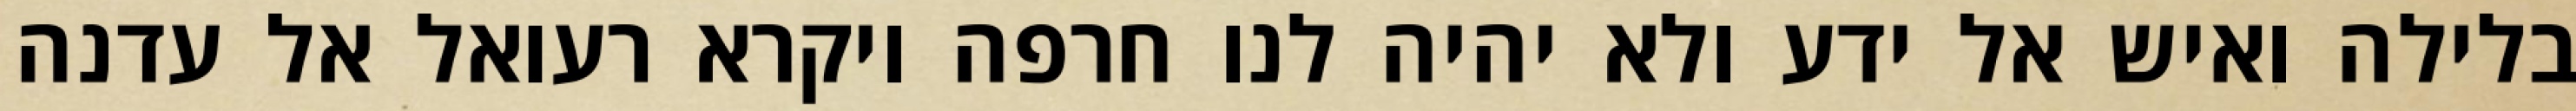
בלילה ואיש אל ידע ולא יהיה לנו חרפה ויקרא רעואל אל עדנה